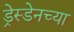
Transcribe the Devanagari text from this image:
ड्रेस्डेनच्या